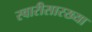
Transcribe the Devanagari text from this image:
स्वारीसारख्या